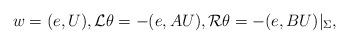
LaTeX: \begin{align*}w=(e, U),{\cal L}\theta = -(e, AU),{\cal R}\theta = -(e, BU)|_{\Sigma},\end{align*}